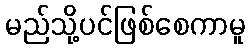
မည်သို့ပင်ဖြစ်စေကာမူ